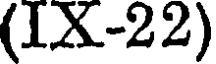
(IX-22)